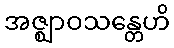
အဇ္ဈာဝသန္တေဟိ